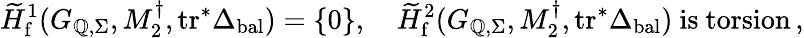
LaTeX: \widetilde{H}_{\mathrm{f}}^{1}(G_{\mathbb{Q},\Sigma},M_{2}^{\dagger},\mathrm{tr}^{*}\Delta_{\mathrm{bal}})=\{ 0\} ,\quad\widetilde{H}_{\mathrm{f}}^{2}(G_{\mathbb{Q},\Sigma},M_{2}^{\dagger},\mathrm{tr}^{*}\Delta_{\mathrm{bal}})\mathrm{~is~torsion}\, ,